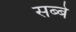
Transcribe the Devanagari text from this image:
सब्बे